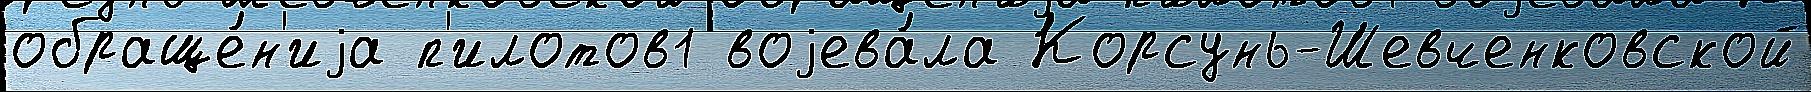
обраще́н'иjа п'илотов1 воjева́ла Корсунь-Шевченковской